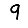
Digit: 9